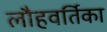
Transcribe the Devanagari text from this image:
लौहवर्तिका